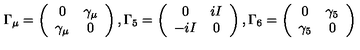
\Gamma _ { \mu } = \left( \begin{array} { c c } { 0 } & { \gamma _ { \mu } } \\ { \gamma _ { \mu } } & { 0 } \\ \end{array} \right) , \Gamma _ { 5 } = \left( \begin{array} { c c } { 0 } & { i I } \\ { - i I } & { 0 } \\ \end{array} \right) , \Gamma _ { 6 } = \left( \begin{array} { c c } { 0 } & { \gamma _ { 5 } } \\ { \gamma _ { 5 } } & { 0 } \\ \end{array} \right)